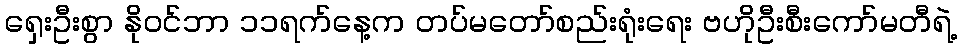
ရှေးဦးစွာ နိုဝင်ဘာ ၁၁ရက်နေ့က တပ်မတော်စည်းရုံးရေး ဗဟိုဦးစီးကော်မတီရဲ့